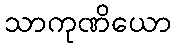
သာကုဏိယော